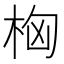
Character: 𣑤